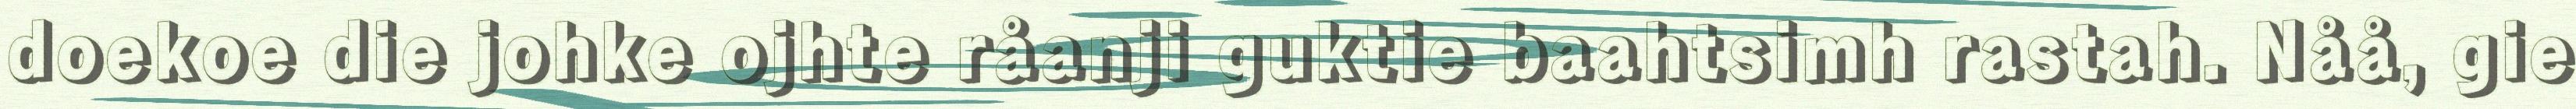
doekoe die johke ojhte råanji guktie baahtsimh rastah. Nåå, gie